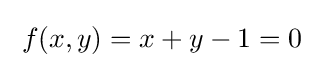
\;f(x,y)=x+y-1=0\;